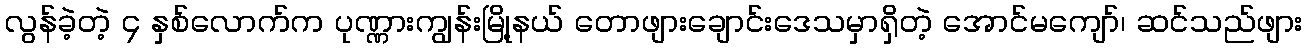
လွန်ခဲ့တဲ့ ၄ နှစ်လောက်က ပုဏ္ဏားကျွန်းမြို့နယ် တောဖျားချောင်းဒေသမှာရှိတဲ့ အောင်မကျော်၊ ဆင်သည်ဖျား